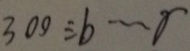
3 0 0 \div b \cdots r